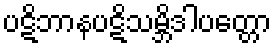
ပဋိဘာနပဋိသမ္ဘိဒါပတ္တော